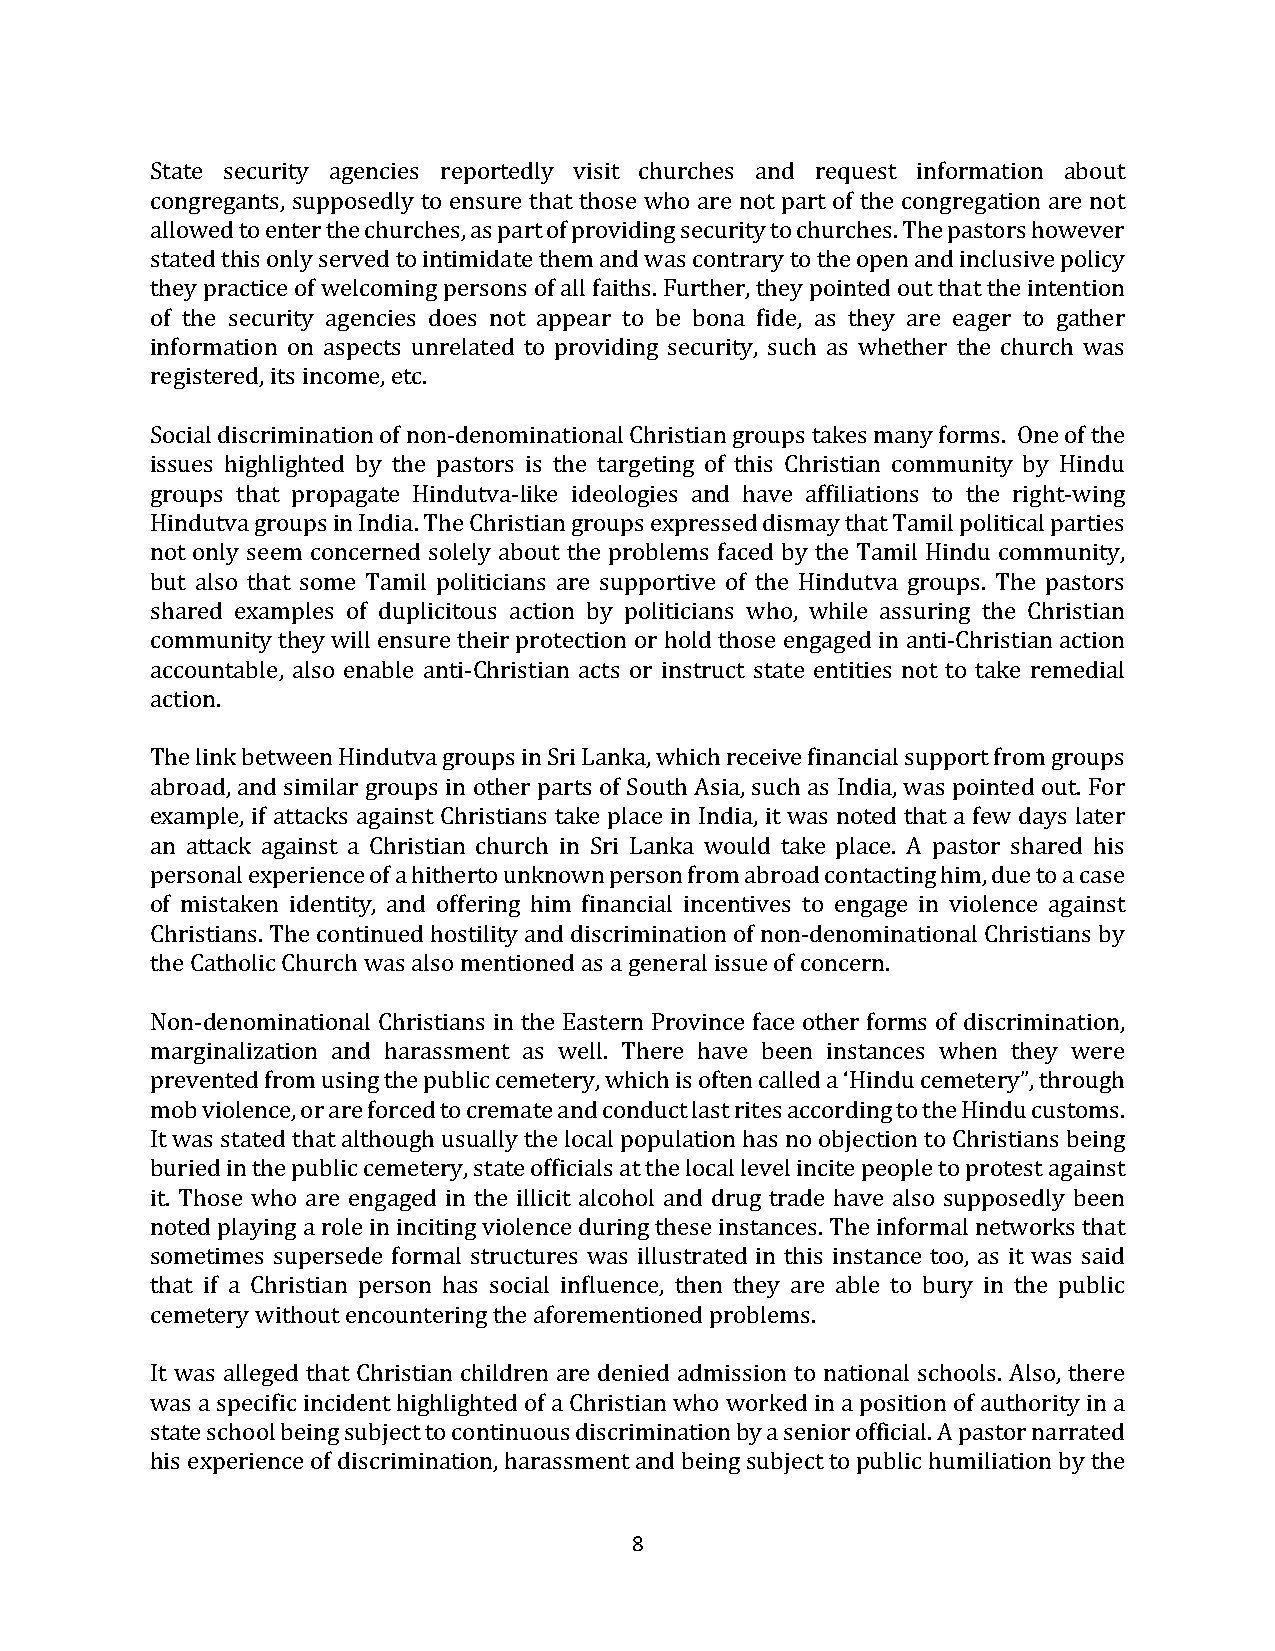
State security agencies reportedly visit churches and request information about
 congregants, supposedly to ensure that those who are not part of the congregation are not
 allowed to enter the churches, as part of providing security to churches. The pastors however
 stated this only served to intimidate them and was contrary to the open and inclusive policy
 they practice of welcoming persons of all faiths. Further, they pointed out that the intention
 of the security agencies does not appear to be bona fide, as they are eager to gather
 information on aspects unrelated to providing security, such as whether the church was
 registered, its income, etc.
 Social discrimination of non-denominational Christian groups takes many forms. One of the
 issues highlighted by the pastors is the targeting of this Christian community by Hindu
 groups that propagate Hindutva-like ideologies and have affiliations to the right-wing
 Hindutva groups in India. The Christian groups expressed dismay that Tamil political parties
 not only seem concerned solely about the problems faced by the Tamil Hindu community,
 but also that some Tamil politicians are supportive of the Hindutva groups. The pastors
 shared examples of duplicitous action by politicians who, while assuring the Christian
 community they will ensure their protection or hold those engaged in anti-Christian action
 accountable, also enable anti-Christian acts or instruct state entities not to take remedial
 action.
 The link between Hindutva groups in Sri Lanka, which receive financial support from groups
 abroad, and similar groups in other parts of South Asia, such as India, was pointed out. For
 example, if attacks against Christians take place in India, it was noted that a few days later
 an attack against a Christian church in Sri Lanka would take place. A pastor shared his
 personal experience of a hitherto unknown person from abroad contacting him, due to a case
 of mistaken identity, and offering him financial incentives to engage in violence against
 Christians. The continued hostility and discrimination of non-denominational Christians by
 the Catholic Church was also mentioned as a general issue of concern.
 Non-denominational Christians in the Eastern Province face other forms of discrimination,
 marginalization and harassment as well. There have been instances when they were
 prevented from using the public cemetery, which is often called a ‘Hindu cemetery”, through
 mob violence, or are forced to cremate and conduct last rites according to the Hindu customs.
 It was stated that although usually the local population has no objection to Christians being
 buried in the public cemetery, state officials at the local level incite people to protest against
 it. Those who are engaged in the illicit alcohol and drug trade have also supposedly been
 noted playing a role in inciting violence during these instances. The informal networks that
 sometimes supersede formal structures was illustrated in this instance too, as it was said
 that if a Christian person has social influence, then they are able to bury in the public
 cemetery without encountering the aforementioned problems.
 It was alleged that Christian children are denied admission to national schools. Also, there
 was a specific incident highlighted of a Christian who worked in a position of authority in a
 state school being subject to continuous discrimination by a senior official. A pastor narrated
 his experience of discrimination, harassment and being subject to public humiliation by the
 8